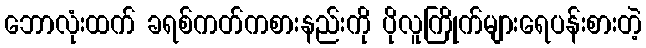
ဘောလုံးထက် ခရစ်ကတ်ကစားနည်းကို ပိုလူကြိုက်များရေပန်းစားတဲ့